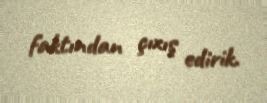
faktından çıxış edirik.